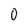
Character: 0